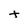
Character: t